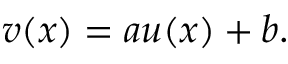
v ( x ) = a u ( x ) + b .